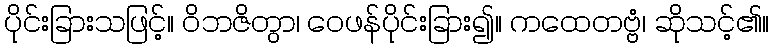
ပိုင်းခြားသဖြင့်။ ဝိဘဇိတွာ၊ ဝေဖန်ပိုင်းခြား၍။ ကထေတဗ္ဗံ၊ ဆိုသင့်၏။